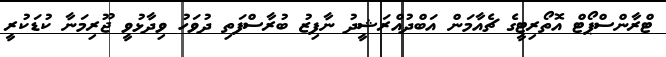
ޓްރާންސްޕޯޓް އޮތޯރިޓީގެ ޗެއާމަން އަބްދުއްރަޝީދު ނާފިޒު ބުރާސްފަތި ދުވަހު ވިދާޅުވީ ޖޫރިމަނާ ކުޑަކުރީ